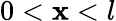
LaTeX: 0<\mathbf{x}<l